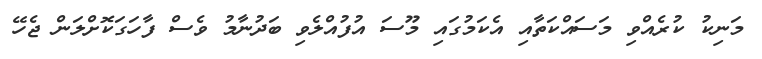
މަނިކު ކުރެއްވި މަސައްކަތާއި އެކަމުގައި މޫސަ އުފުއްލެވި ބަދުނާމު ވެސް ފާހަގަކޮށްލަން ޖެހޭ